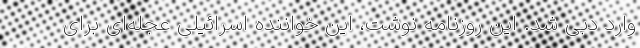
وارد دبی شد. این روزنامه نوشت، این خواننده اسرائیلی عجله‌ای برای